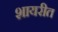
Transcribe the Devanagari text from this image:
शायरीत